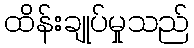
ထိန်းချုပ်မှုသည်